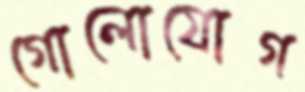
গোলোযোগ